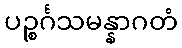
ပဉ္စင်္ဂသမန္နာဂတံ